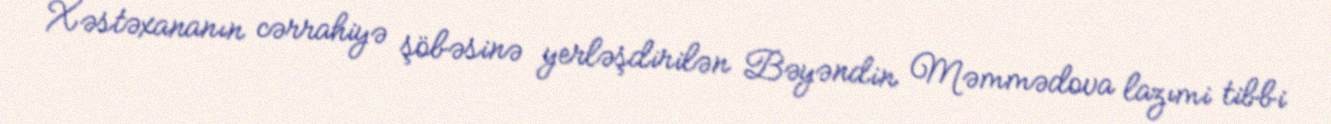
Xəstəxananın cərrahiyə şöbəsinə yerləşdirilən Bəyəndin Məmmədova lazımi tibbi